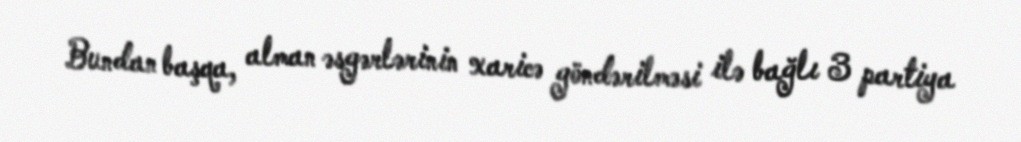
Bundan başqa, alman əsgərlərinin xaricə göndərilməsi ilə bağlı 3 partiya